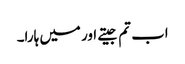
اب تم جیتے اور میں ہارا۔